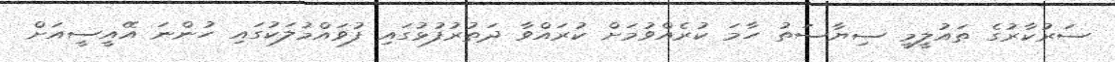
ސަރުކާރުގެ ތައުލީމީ ސިޔާސަތު ހާމަ ކުރެއްވުމަށް ކުރައްވާ ދަތުރުފުޅުގައި ފުވައްމުލަކުގައި ހުންނަ އޭއީސީއަށް